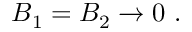
{ \cal B } _ { 1 } = { \cal B } _ { 2 } \rightarrow 0 \ .